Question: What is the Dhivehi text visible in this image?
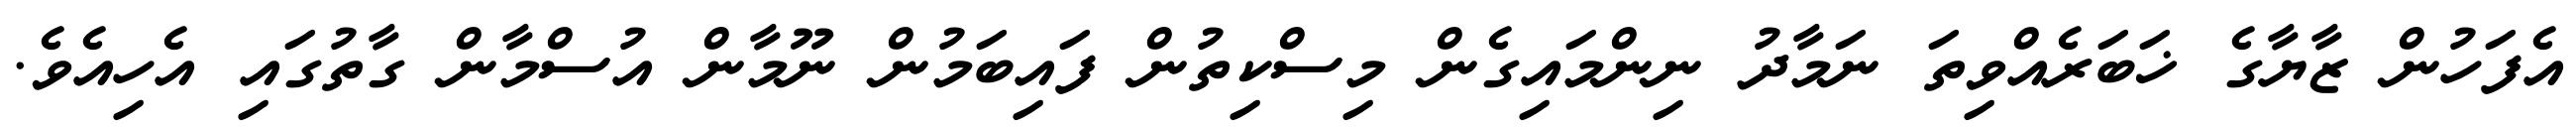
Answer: އެފަހުން ޒާޔާގެ ޚަބަރެއްވިތަ ނަމާދު ނިންމައިގެން މިސްކިތުން ފައިބަމުން ނޫމާން އުސްމާން ގާތުގައި އެހިއެވެ.